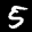
Label: 5